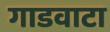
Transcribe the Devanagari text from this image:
गाडवाटा